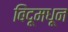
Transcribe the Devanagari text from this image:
बिंदूमधून